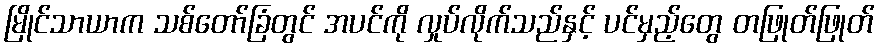
မြိုင်သာယာက သစ်တော်ခြံတွင် အပင်ကို လှုပ်လိုက်သည်နှင့် ပင်မှည့်တွေ တဖြုတ်ဖြုတ်